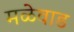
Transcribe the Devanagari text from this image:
मळेवाड